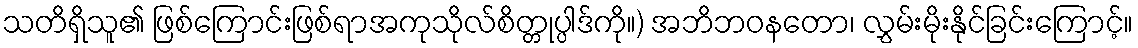
သတိရှိသူ၏ ဖြစ်ကြောင်းဖြစ်ရာအကုသိုလ်စိတ္တုပ္ပါဒ်ကို။) အဘိဘဝနတော၊ လွှမ်းမိုးနိုင်ခြင်းကြောင့်။